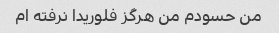
من حسودم من هرگز فلوریدا نرفته ام